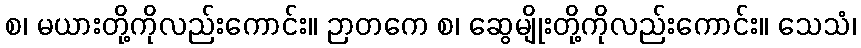
စ၊ မယားတို့ကိုလည်းကောင်း။ ဉာတကေ စ၊ ဆွေမျိုးတို့ကိုလည်းကောင်း။ သေသံ၊